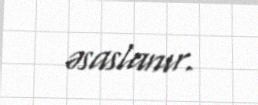
əsaslanır.